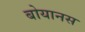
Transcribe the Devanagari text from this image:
बोयानस